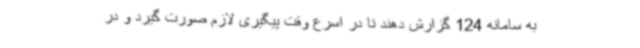
به سامانه 124 گزارش دهند تا در اسرع وقت پیگیری لازم صورت گیرد و در